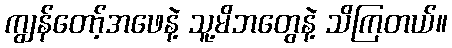
ကျွန်တော့်အဖေနဲ့ သူ့မိဘတွေနဲ့ သိကြတယ်။